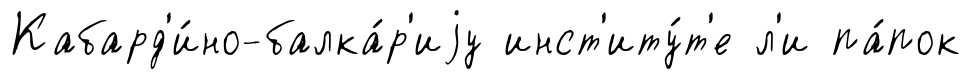
Кабард'и́но-балка́р'иjу инст'иту́т'е л'и па́пок